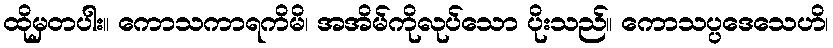
ထိုမှတပါး။ ကောသကာရကိမိ၊ အအိမ်ကိုလုပ်သော ပိုးသည်။ ကောသပ္ပဒေသေဟိ၊